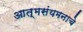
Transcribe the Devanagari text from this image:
आत्मसंयमनाचे